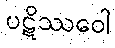
ပဋိဿဝေါ